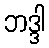
ဘဒ္ဒါ